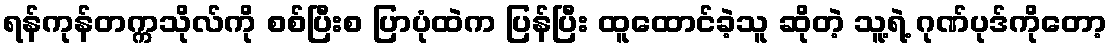
ရန်ကုန်တက္ကသိုလ်ကို စစ်ပြီးစ ပြာပုံထဲက ပြန်ပြီး ထူထောင်ခဲ့သူ ဆိုတဲ့ သူ့ရဲ့ ဂုဏ်ပုဒ်ကိုတော့